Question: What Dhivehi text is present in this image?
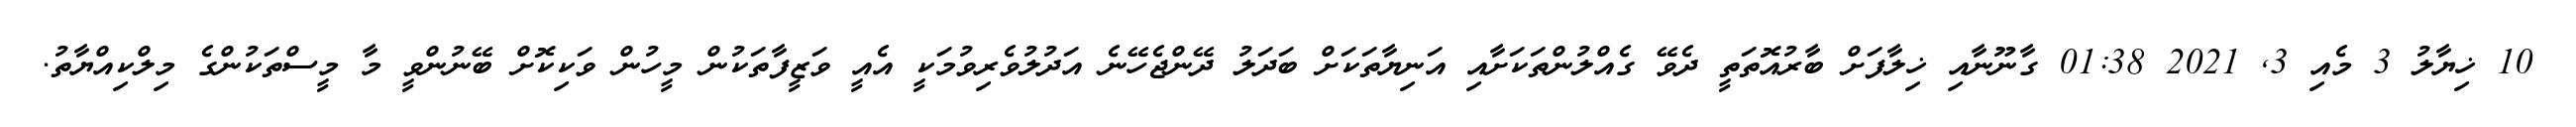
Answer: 10 ޚިޔާލު 3 މެއި 3, 2021 01:38 ގާނޫނާއި ޚިލާފަށް ބާރުއޮތަތީ ދެވޭ ގެއްލުންތަކަށާއި އަނިޔާތަކަށް ބަދަލު ދޭންޖެހޭނެ އަދުލުވެރިވުމަކީ އެއީ ވަޒީފާތަކުން މީހުން ވަކިކޮށް ބޭނުންވީ މާ މީސްތަކުންގެ މިލްކިއްޔާތު.